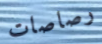
رصاصات